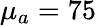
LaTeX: \mu_{a}=75